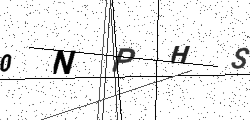
Text: 0NPHS